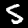
Digit: 5